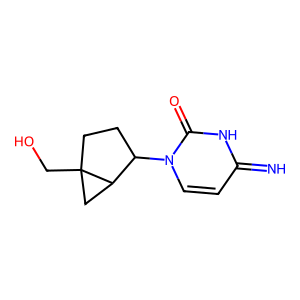
SMILES: N=c1ccn(C2CCC3(CO)CC23)c(=O)[nH]1
Inhibits HIV replication: No